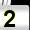
Digit: 2